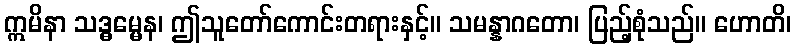
ဣမိနာ သဒ္ဓမ္မေန၊ ဤသူတော်ကောင်းတရားနှင့်။ သမန္နာဂတော၊ ပြည့်စုံသည်။ ဟောတိ၊